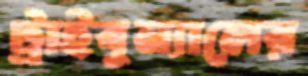
ট্রাইবুন্যালের